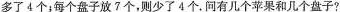
多了4个；每个盘子放7个，则少了4个.问有几个苹果和几个盘子?